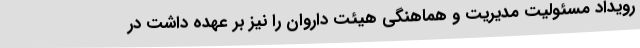
رویداد مسئولیت مدیریت و هماهنگی هیئت داروان را نیز بر عهده داشت در